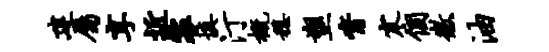
建属享近裘填汀概稳塑觜寒个徽油